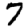
Digit: 7